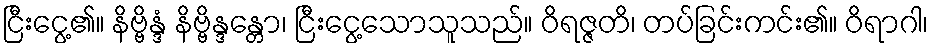
ငြီးငွေ့၏။ နိဗ္ဗိန္ဒံ နိဗ္ဗိန္ဒန္တော၊ ငြီးငွေ့သောသူသည်။ ဝိရဇ္ဇတိ၊ တပ်ခြင်းကင်း၏။ ဝိရာဂါ၊